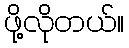
ဖို့လိုတယ်။